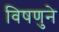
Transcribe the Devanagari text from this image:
विषणुने